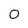
Character: 0